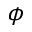
\phi